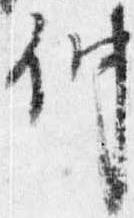
仲